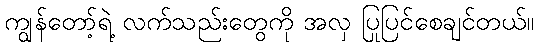
ကျွန်တော့်ရဲ့ လက်သည်းတွေကို အလှ ပြုပြင်စေချင်တယ်။